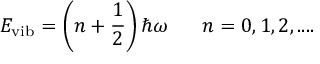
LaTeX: E _ { \mathrm { v i b } } = \left( n + { \frac { 1 } { 2 } } \right) \hbar \omega \ \ \ \ \ n = 0 , 1 , 2 , . . . .